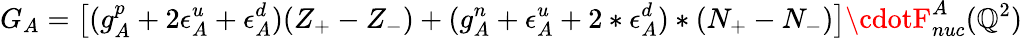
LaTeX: G_{A}=\left[(g_{A}^{p}+2\epsilon_{A}^{u}+\epsilon_{A}^{d})(Z_{+}-Z_{-})+(g_{A}^{n}+\epsilon_{A}^{u}+2*\epsilon_{A}^{d})*(N_{+}-N_{-})\right]\cdotF_{nuc}^{A}(\mathbb{Q}^{2})